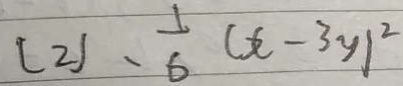
( 2 ) 、 \frac { 1 } { 6 } ( x - 3 y ) ^ { 2 }